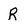
Character: R